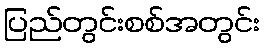
ပြည်တွင်းစစ်အတွင်း